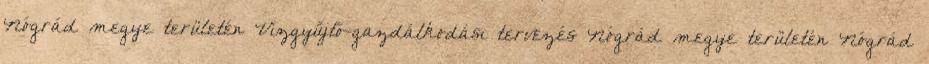
Nógrád megye területén Vízgyűjtő-gazdálkodási tervezés Nógrád megye területén Nógrád